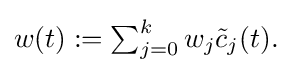
{\textstyle w(t):=\sum _{j=0}^{k}w_{j}{\tilde {c}}_{j}(t).}